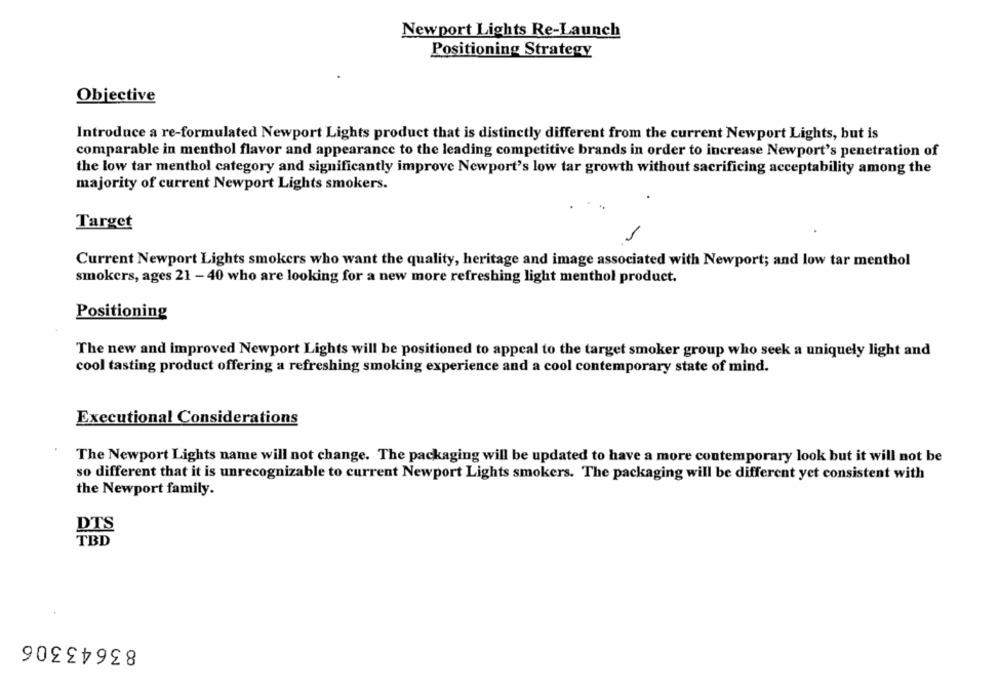
Newport Lights Re-Launch
Positioning Strategy
Objective
Introduce a re-formulated Newport Lights product that is distinctly different from the current Newport Lights, but is
comparable in menthol flavor and appearance to the leading competitive brands in order to increase Newport's penetration of
the low tar menthol category and significantly improve Newport's low tar growth without sacrificing acceptability among the
majority of current Newport Lights smokers.
Target
-
Current Newport Lights smokers who want the quality, heritage and image associated with Newport; and low tar menthol
smokers, ages 21 - 40 who are looking for a new more refreshing light menthol product.
Positioning
The new and improved Newport Lights will be positioned to appeal to the target smoker group who seek a uniquely light and
cool tasting product offering a refreshing smoking experience and a cool contemporary state of mind.
Executional Considerations
The Newport Lights name will not change. The packaging will be updated to have a more contemporary look but it will not be
so different that it is unrecognizable to current Newport Lights smokers. The packaging will be different yet consistent with
the Newport family.
DTS
TBD
83643306